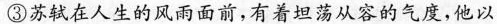
③苏轼在人生的风雨面前，有着坦荡从容的气度，他以